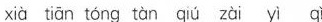
xià tián tōng tàn qiú zài yī qǐ